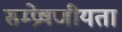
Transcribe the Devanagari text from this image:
सम्‍प्रेषणीयता